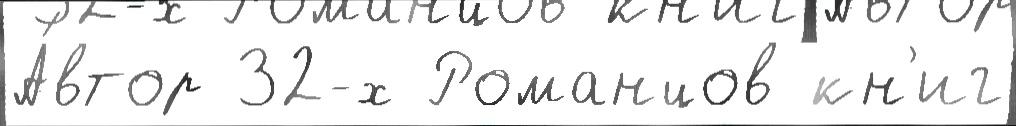
А́втор 32-х Романцов кн'иг